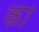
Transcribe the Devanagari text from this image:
का